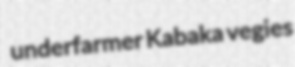
underfarmer Kabaka vegies